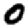
Digit: 0